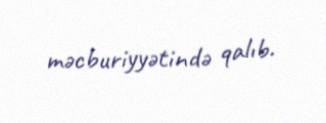
məcburiyyətində qalıb.